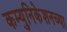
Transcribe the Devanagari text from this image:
कम्युनिकेशनच्या